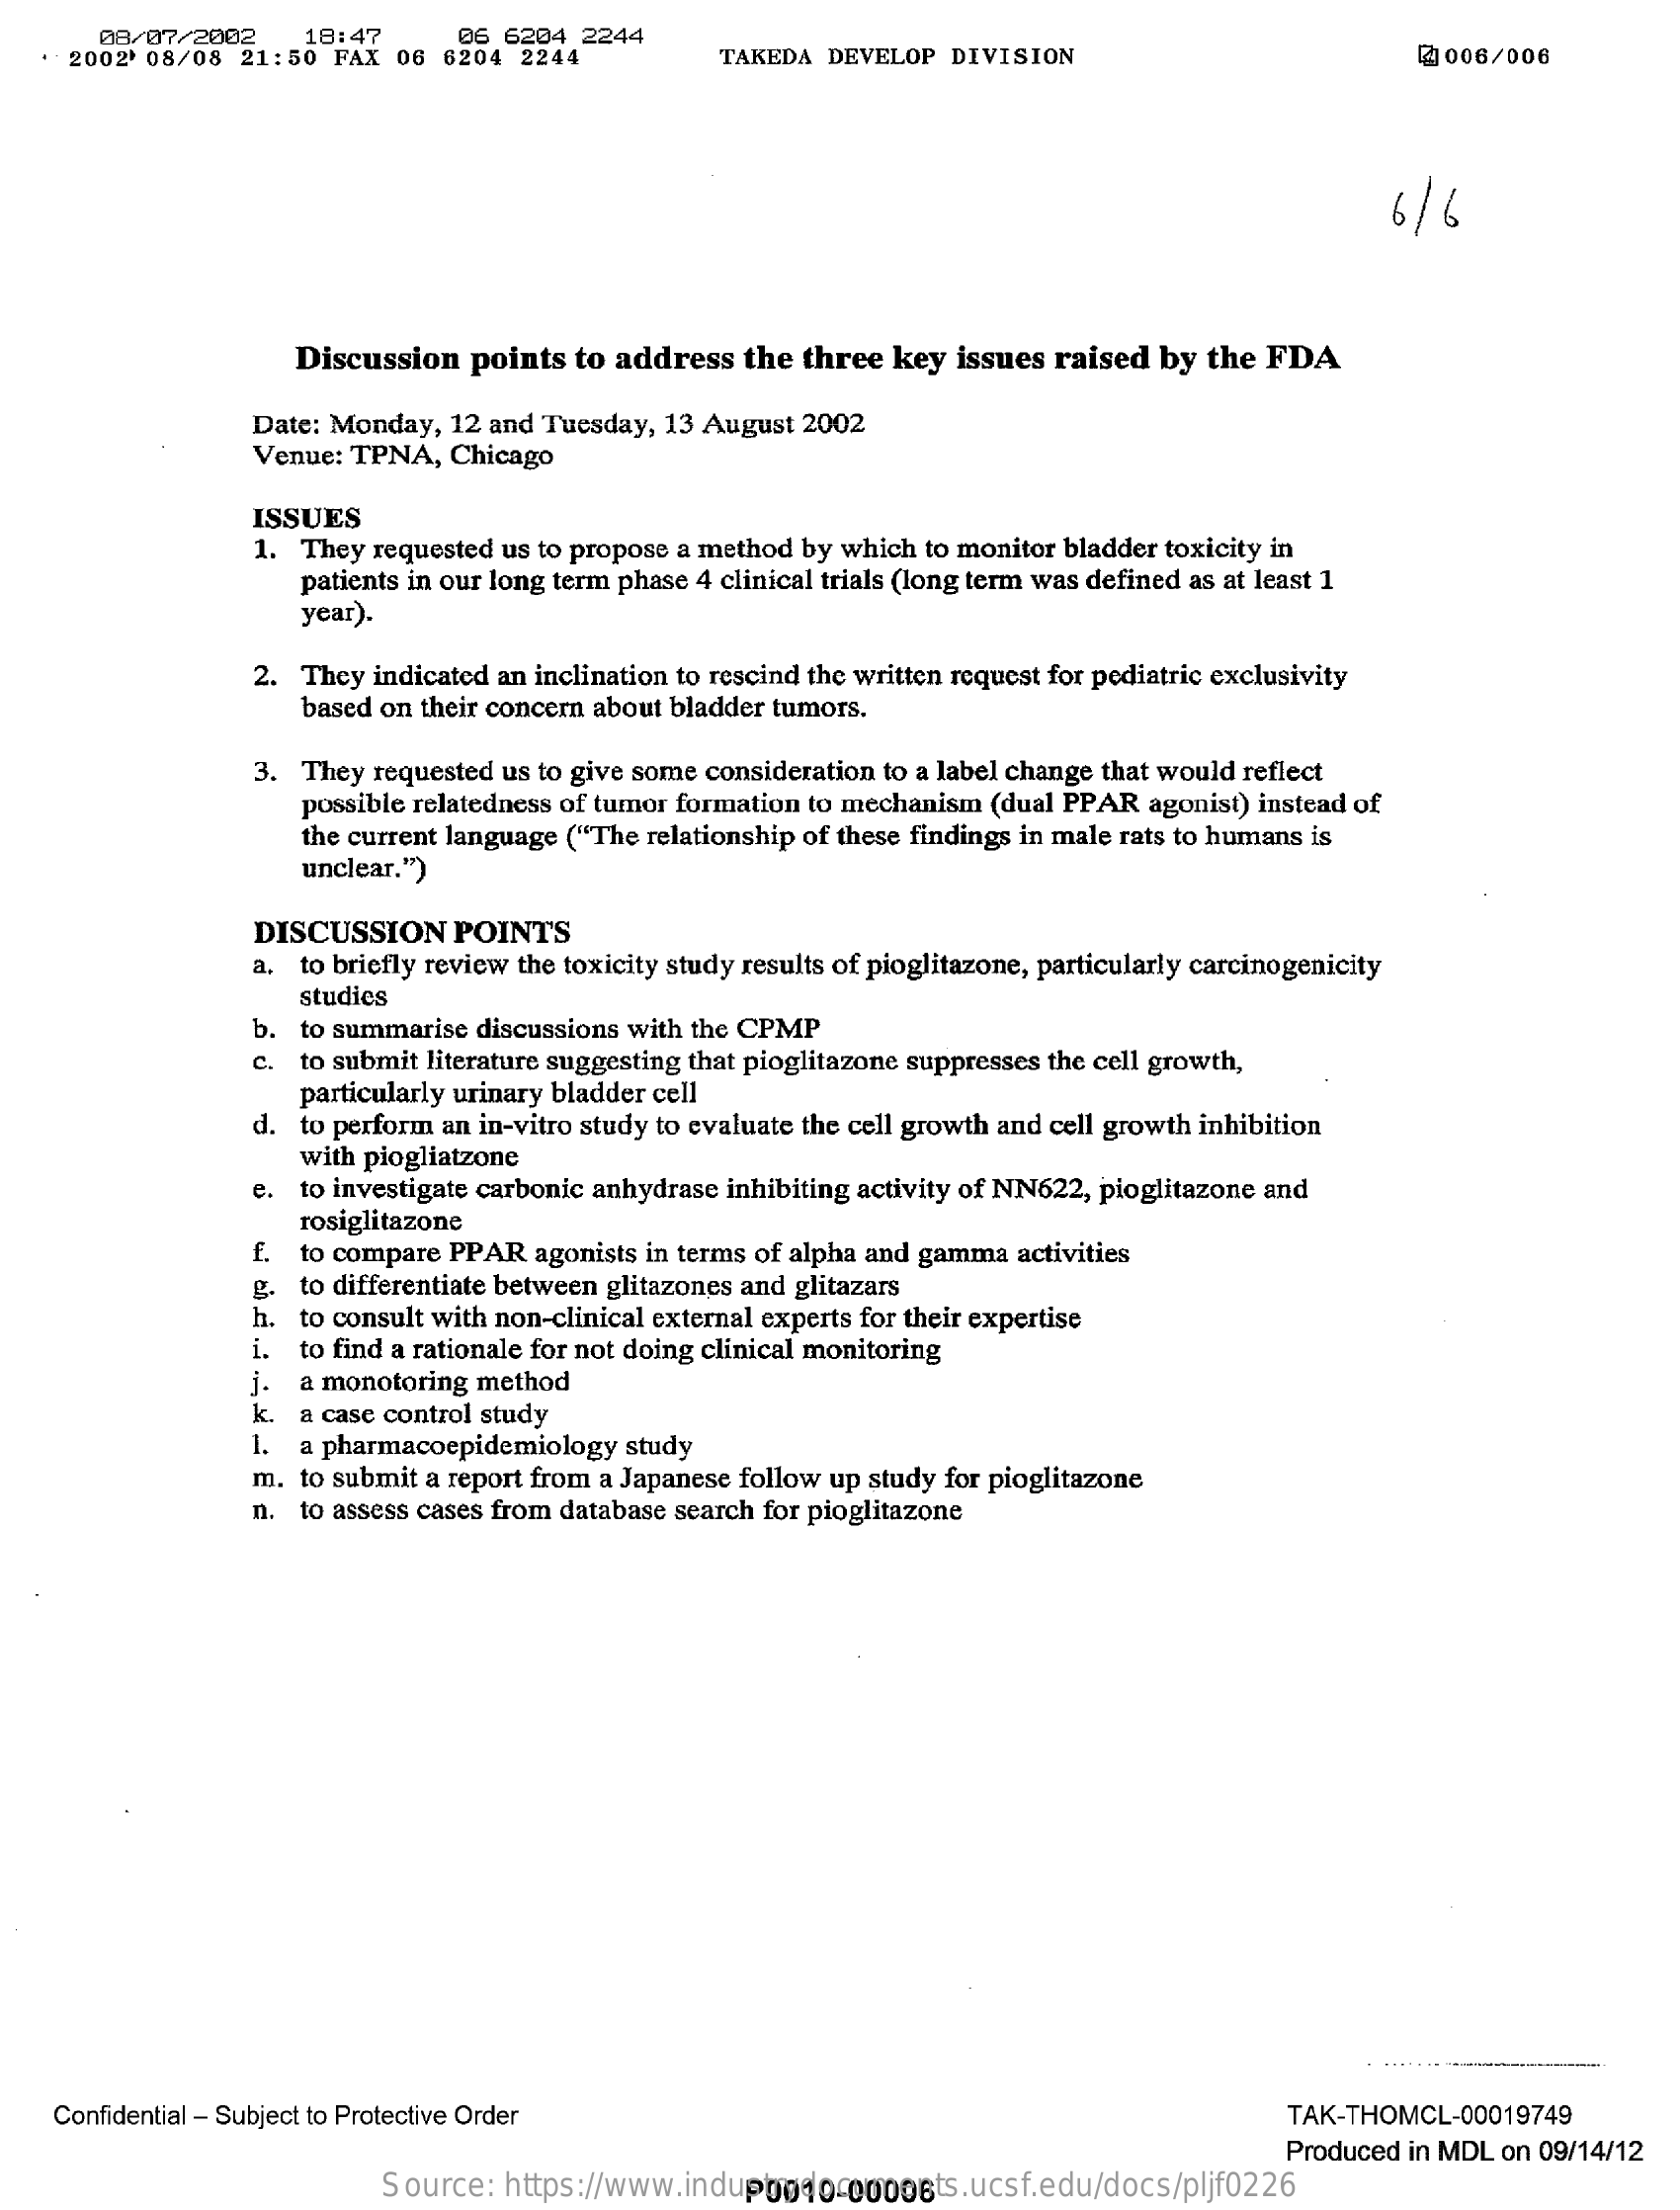
08/07/2002    06 6204  2244
     2002' 08/08  21:50 FAX  06 6204  2244
     18:47
     TAKEDA  DEVELOP  DIVISION    2006/006
     6 / 6
     Discussion   points  to address  the three  key issues raised  by the  FDA
     Date: Monday,  12 and Tuesday, 13 August 2002
     Venue: TPNA,  Chicago
     ISSUES
     1. They requested us to propose a method by which to monitor bladder toxicity in
     patients in our long term phase 4 clinical trials (long term was defined as at least 1
     year).
     2. They indicated an inclination to rescind the written request for pediatric exclusivity
     based on their concern about bladder tumors.
     3. They requested us to give some consideration to a label change that would reflect
     possible relatedness of tumor formation to mechanism (dual PPAR agonist) instead of
     the current language ("The relationship of these findings in male rats to humans is
     unclear.")
     DISCUSSION    POINTS
     a. to briefly review the toxicity study results of pioglitazone, particularly carcinogenicity
     b. to summarise discussions with the CPMP
     studies
     c. to submit literature suggesting that pioglitazone suppresses the cell growth,
     particularly urinary bladder cell
     d. to perform an in-vitro study to evaluate the cell growth and cell growth inhibition
     with piogliatzone
     e. to investigate carbonic anhydrase inhibiting activity of NN622, pioglitazone and
     rosiglitazone
     f. to compare PPAR  agonists in terms of alpha and gamma activities
     g. to differentiate between glitazones and glitazars
     h.  to consult with non-clinical external experts for their expertise
     i.  to find a rationale for not doing clinical monitoring
     j-  a monotoring method
     k.  a casc control study
     1. a pharmacoepidemiology study
     m. to submit a report from a Japanese follow up study for pioglitazone
     n. to assess cases from database search for pioglitazone
    Confidential - Subject to Protective Order    TAK-THOMCL-00019749
     Produced in MDL on 09/14/12
     Source:  https://www.industrydocuments.ucsf.edu/docs/pljf0226 P0010-00006